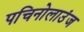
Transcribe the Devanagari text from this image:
पचिनोलाउंज